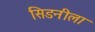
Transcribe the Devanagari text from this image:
सिडनीला